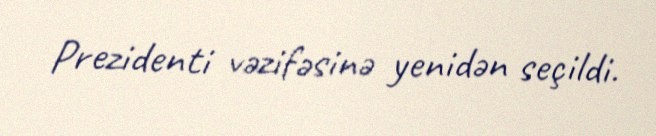
Prezidenti vəzifəsinə yenidən seçildi.